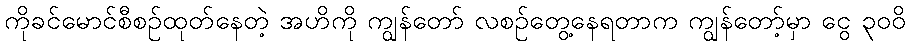
ကိုခင်မောင်စီစဉ်ထုတ်နေတဲ့ အဟိကို ကျွန်တော် လစဉ်တွေ့နေရတာက ကျွန်တော့်မှာ ငွေ ၃၀၀ိ